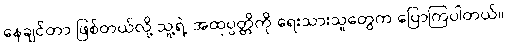
နေချင်တာ ဖြစ်တယ်လို့ သူ့ရဲ့ အထုပ္ပတ္တိကို ရေးသားသူတွေက ပြောကြပါတယ်။